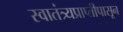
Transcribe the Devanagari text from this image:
स्वातंत्र्यप्राप्तीपासून